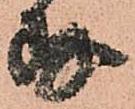
存